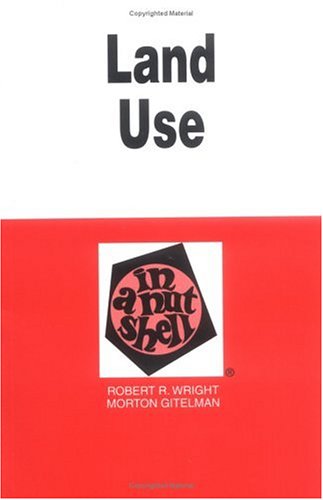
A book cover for Land Use in a Nutshell (Nutshell Series); Robert R. Wright; Law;